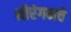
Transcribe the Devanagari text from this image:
श्रीरंगमचे